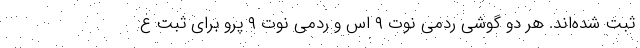
ثبت شده‌اند. هر دو گوشی ردمی نوت ۹ اس و ردمی نوت ۹ پرو برای ثبت ع